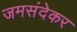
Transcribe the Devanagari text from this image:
जमसंदेकर